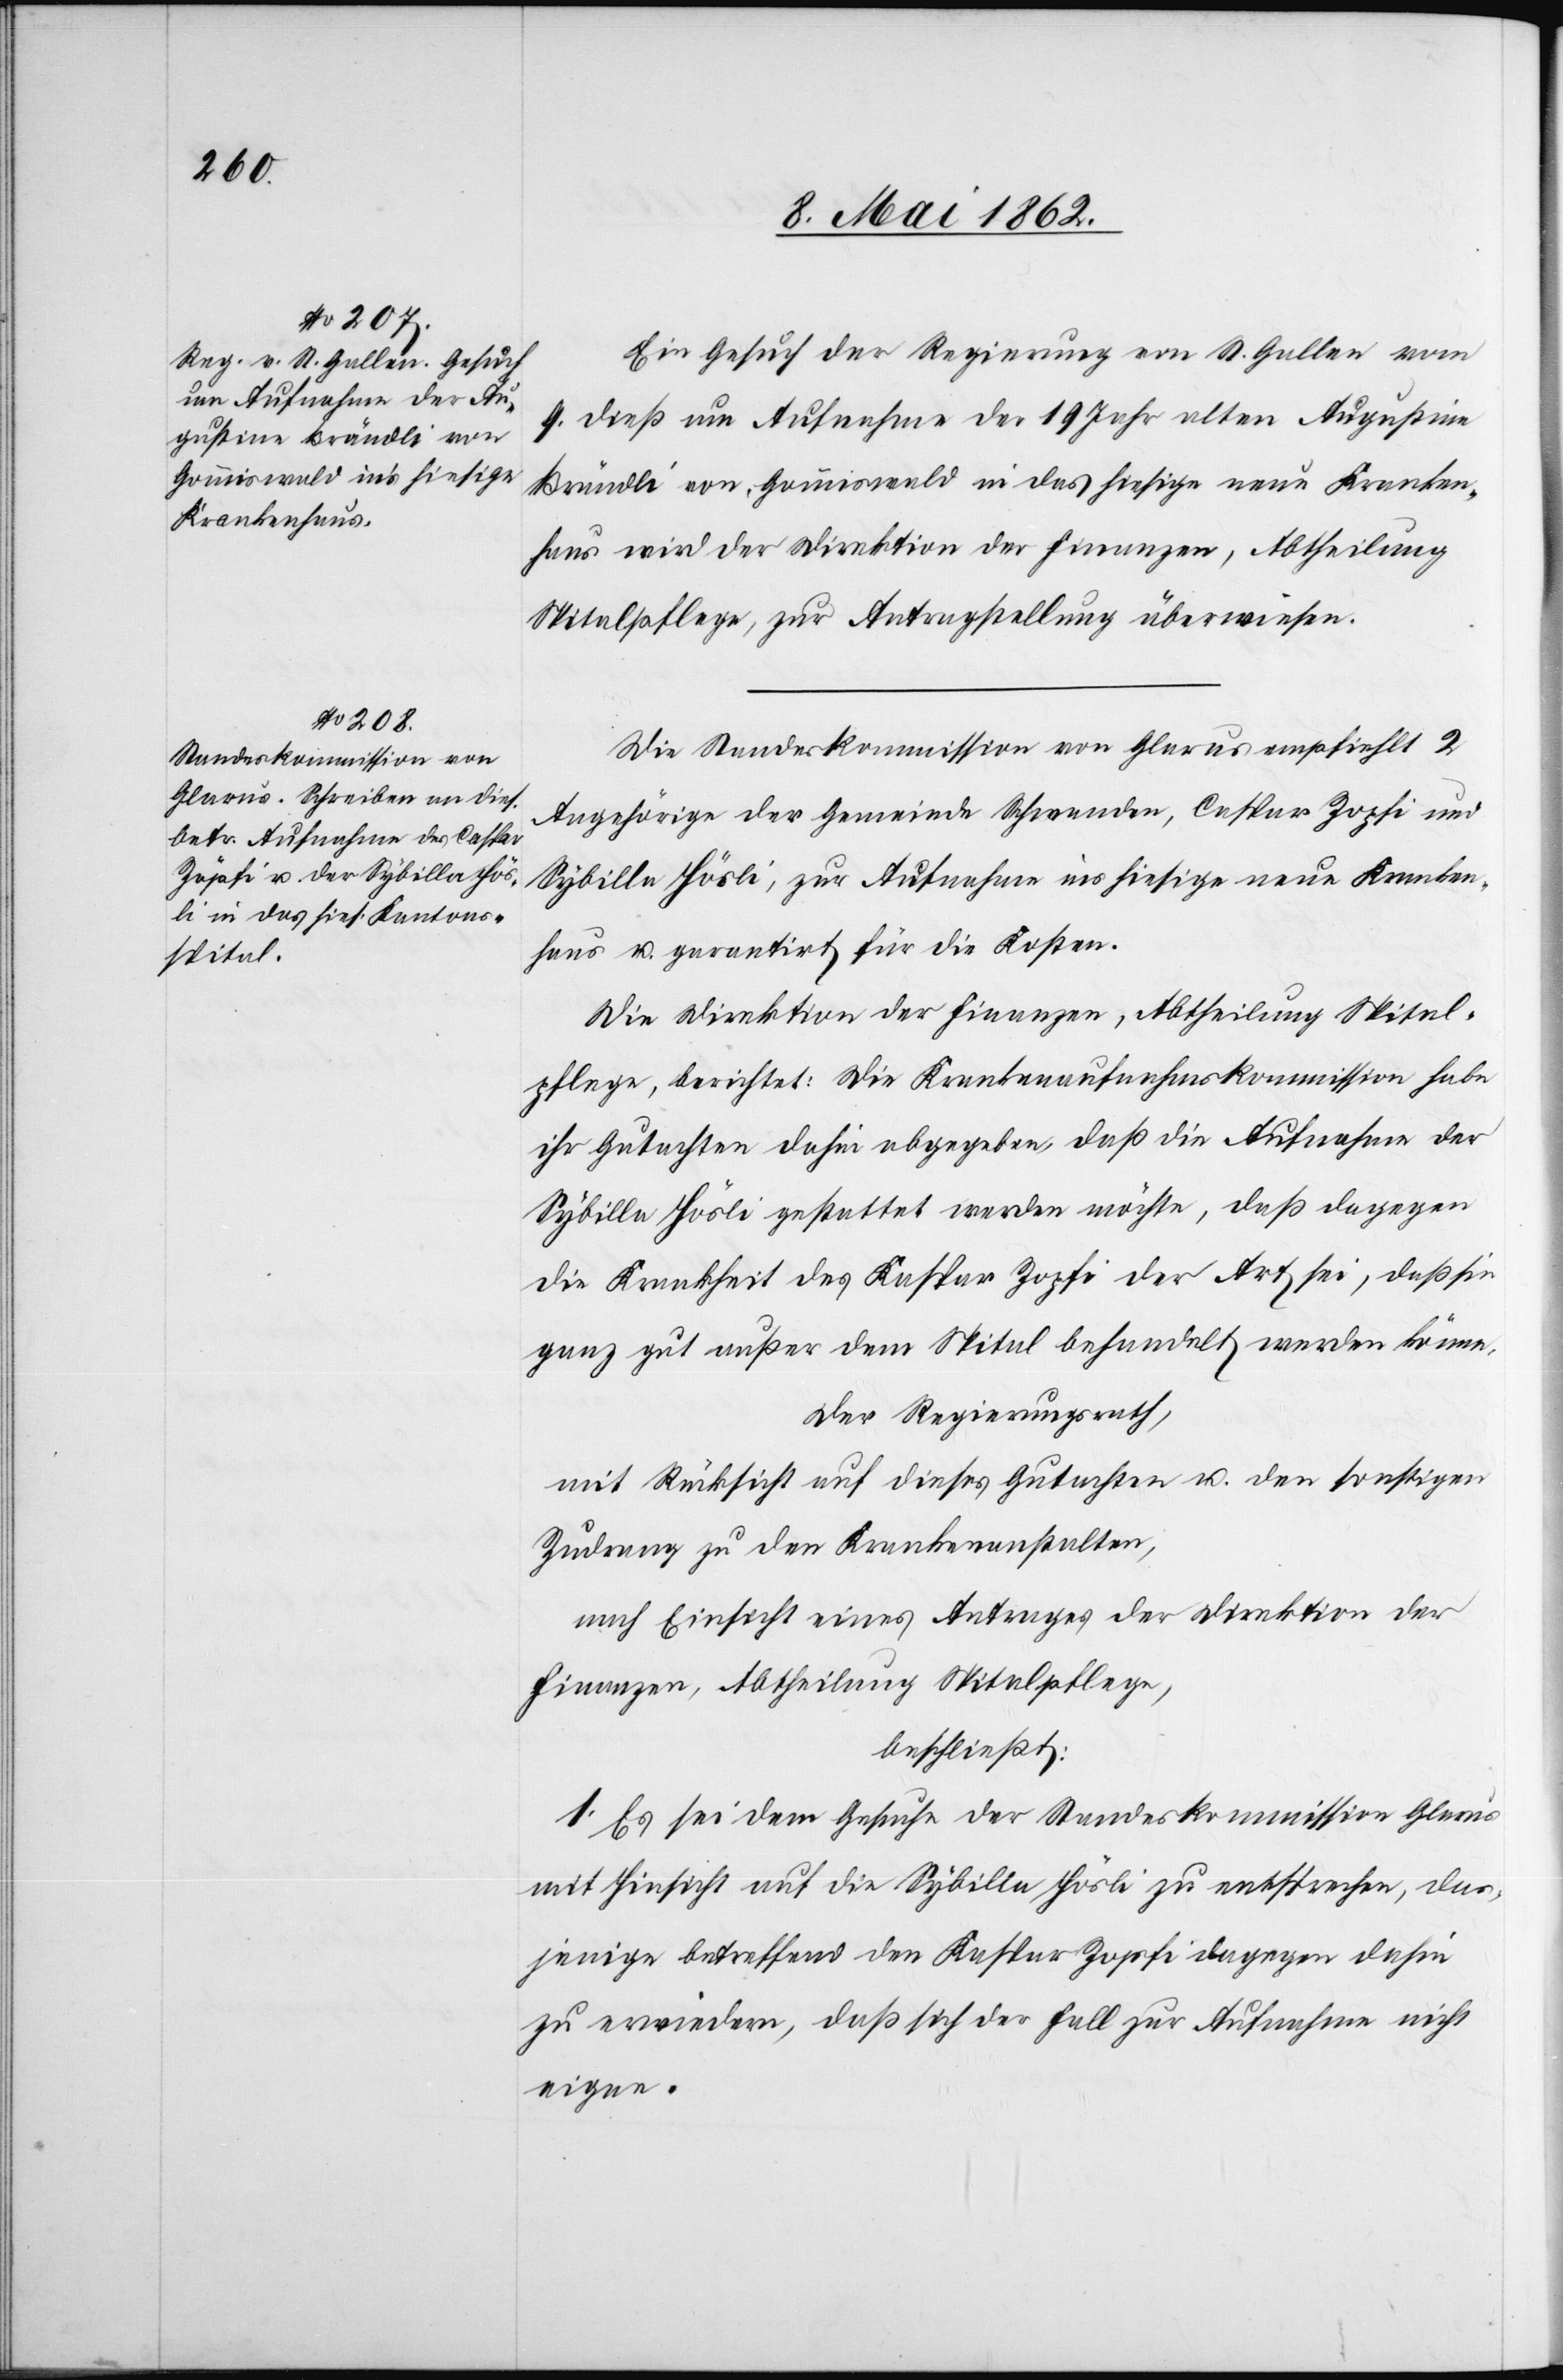
12. Mai 1862.]
Ein Gesuch der Regierung von St. Gallen vom
4. dieß um Aufnahme der 19 Jahr alten Augustine
Brändli von Gommiswald in das hiesige neue Kranken¬
haus wird der Direktion der Finanzen, Abtheilung
Spitalpflege, zur Antragstellung überwiesen.
Die Standeskommission von Glarus empfiehlt 2
Angehörige der Gemeinde Schwanden, Caspar Zopfi und
Sybille Hösli, zur Aufnahme ins hiesige neue Kranken¬
haus u. garantirt für die Kosten.
Die Direktion der Finanzen, Abtheilung Spital¬
pflege, berichtet: Die Krankenaufnahmskommission habe
ihr Gutachten dahin abgegeben, daß die Aufnahme der
Sybille Hösli gestattet werden möchte, daß dagegen
die Krankheit des Kaspar Zopfi der Art sei, daß sie
ganz gut außer dem Spital behandelt werden könne.
Der Regierungsrath,
mir Rücksicht auf dieses Gutachten u. den sonstigen
Zurang zu den Krankenanstalten,
nach Einsicht eines Antrages der Direktion der
Finanzen, Abtheilung Spitalpflege,
beschließt;
1. Es sei bei dem Gesuche der Standeskommission Glarus
mit Hinsicht auf die Sybille Hösli zu entsprechen, das¬
jenige betreffend den Kaspar Zopfi dagegen dahin
zu erwiedern, daß sich der Fall zur Aufnahme nicht
eigne.